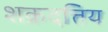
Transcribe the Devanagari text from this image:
शक्रदत्तिय